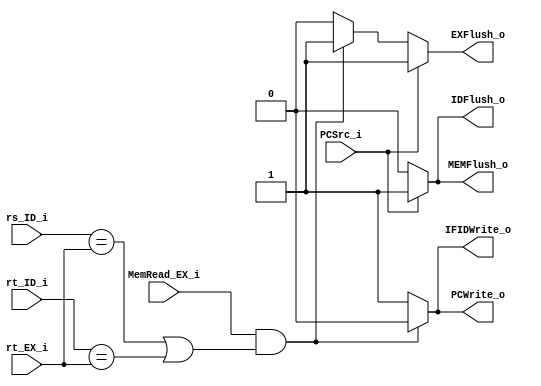
// Writer:  0416024 

module HazardDetect (
  rs_ID_i,
  rt_ID_i,
  rt_EX_i,
  MemRead_EX_i,
  PCSrc_i,
  PCWrite_o,
  IFIDWrite_o,
  IDFlush_o,
  EXFlush_o,
  MEMFlush_o
);

input  [4:0] rs_ID_i; // rs address from IF/ID stage
input  [4:0] rt_ID_i; // rt address from IF/ID stage
input  [4:0] rt_EX_i; // rt address from ID/EX stage
input        MemRead_EX_i; // will instruction in ID/EX stage write memory?
input        PCSrc_i; // will instruction in EX/MEM stage take branch?
output       PCWrite_o; // 1 if PC will change in next cycle, 0 otherwise
output       IFIDWrite_o; // 1 if IF/ID pipeline register will change in next cycle
output       IDFlush_o; // 1 if IF/ID stage will be nop
output       EXFlush_o; // 1 if ID/EX stage will be nop
output       MEMFlush_o; // 1 if EX/MEM stage will be nop


reg          PCWrite_o;
reg          IFIDWrite_o;
reg          IDFlush_o;
reg          EXFlush_o;
reg          MEMFlush_o;

always @(*) begin
  PCWrite_o = 1;
  IFIDWrite_o = 1;
  IDFlush_o = 0;
  EXFlush_o = 0;
  MEMFlush_o = 0;
  // load-use hazard
  if (MemRead_EX_i && (
      rs_ID_i == rt_EX_i || rt_ID_i == rt_EX_i)) begin
    PCWrite_o = 0;
    IFIDWrite_o = 0;
    EXFlush_o = 1;
  end
  // branch hazard
  if (PCSrc_i) begin // branch taken
    IDFlush_o = 1;
    EXFlush_o = 1;
    MEMFlush_o = 1;
  end
end

endmodule